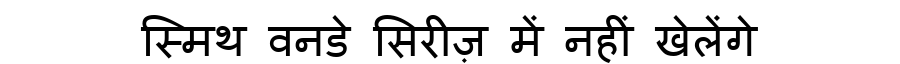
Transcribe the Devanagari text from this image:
स्मिथ वनडे सिरीज़ में नहीं खेलेंगे